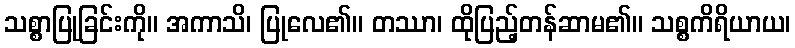
သစ္စာပြုခြင်းကို။ အကာသိ၊ ပြုလေ၏။ တဿာ၊ ထိုပြည့်တန်ဆာမ၏။ သစ္စကိရိယာယ၊